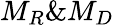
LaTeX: M_{R}\& M_{D}